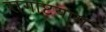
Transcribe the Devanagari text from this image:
रागाष्टयाम